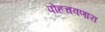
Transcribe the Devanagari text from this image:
पोहचवणारा